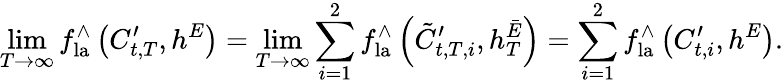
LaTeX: \operatorname*{lim}_{T\to\infty}f_{\mathrm{la}}^{\wedge}\left(C_{t,T}^{\prime},h^{E}\right)=\operatorname*{lim}_{T\to\infty}\sum_{i=1}^{2}f_{\mathrm{la}}^{\wedge}\left({\tilde{C}}_{t,T,i}^{\prime},h_{T}^{\bar{E}}\right)=\sum_{i=1}^{2}f_{\mathrm{la}}^{\wedge}\left(C_{t,i}^{\prime},h^{E}\right).